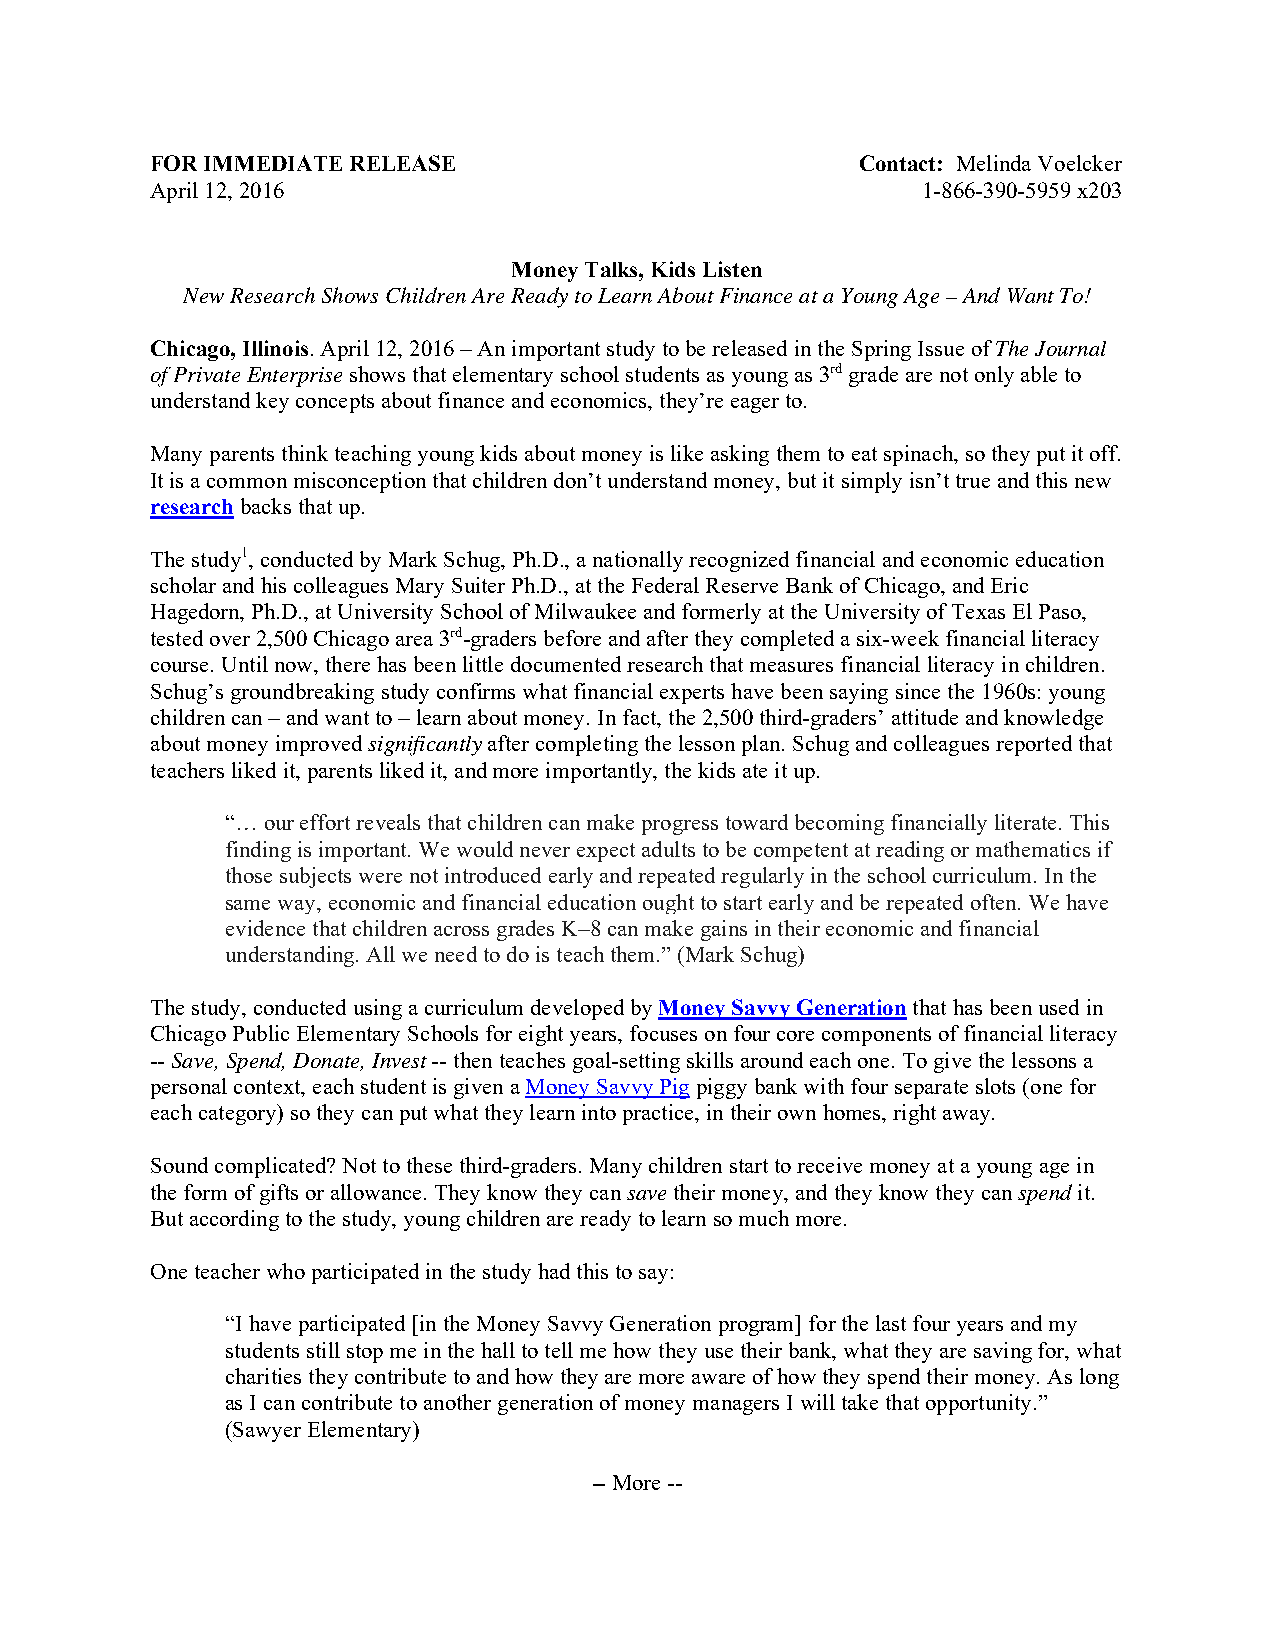
FOR IMMEDIATE RELEASE                          Contact: Melinda Voelcker
 April 12, 2016                                     1-866-390-5959 x203
 Money Talks, Kids Listen
 New Research Shows Children Are Ready to Learn About Finance at a Young Age – And Want To!
 Chicago, Illinois. April 12, 2016 – An important study to be released in the Spring Issue of The Journal
 of Private Enterprise shows that elementary school students as young as 3rd grade are not only able to
 understand key concepts about finance and economics, they’re eager to.
 Many parents think teaching young kids about money is like asking them to eat spinach, so they put it off.
 It is a common misconception that children don’t understand money, but it simply isn’t true and this new
 research backs that up.
 The study1, conducted by Mark Schug, Ph.D., a nationally recognized financial and economic education
 scholar and his colleagues Mary Suiter Ph.D., at the Federal Reserve Bank of Chicago, and Eric
 Hagedorn, Ph.D., at University School of Milwaukee and formerly at the University of Texas El Paso,
 tested over 2,500 Chicago area 3rd-graders before and after they completed a six-week financial literacy
 course. Until now, there has been little documented research that measures financial literacy in children.
 Schug’s groundbreaking study confirms what financial experts have been saying since the 1960s: young
 children can – and want to – learn about money. In fact, the 2,500 third-graders’ attitude and knowledge
 about money improved significantly after completing the lesson plan. Schug and colleagues reported that
 teachers liked it, parents liked it, and more importantly, the kids ate it up.
 “… our effort reveals that children can make progress toward becoming financially literate. This
 finding is important. We would never expect adults to be competent at reading or mathematics if
 those subjects were not introduced early and repeated regularly in the school curriculum. In the
 same way, economic and financial education ought to start early and be repeated often. We have
 evidence that children across grades K–8 can make gains in their economic and financial
 understanding. All we need to do is teach them.” (Mark Schug)
 The study, conducted using a curriculum developed by Money Savvy Generation that has been used in
 Chicago Public Elementary Schools for eight years, focuses on four core components of financial literacy
 -- Save, Spend, Donate, Invest -- then teaches goal-setting skills around each one. To give the lessons a
 personal context, each student is given a Money Savvy Pig piggy bank with four separate slots (one for
 each category) so they can put what they learn into practice, in their own homes, right away.
 Sound complicated? Not to these third-graders. Many children start to receive money at a young age in
 the form of gifts or allowance. They know they can save their money, and they know they can spend it.
 But according to the study, young children are ready to learn so much more.
 One teacher who participated in the study had this to say:
 “I have participated [in the Money Savvy Generation program] for the last four years and my
 students still stop me in the hall to tell me how they use their bank, what they are saving for, what
 charities they contribute to and how they are more aware of how they spend their money. As long
 as I can contribute to another generation of money managers I will take that opportunity.”
 (Sawyer Elementary)
 -- More --